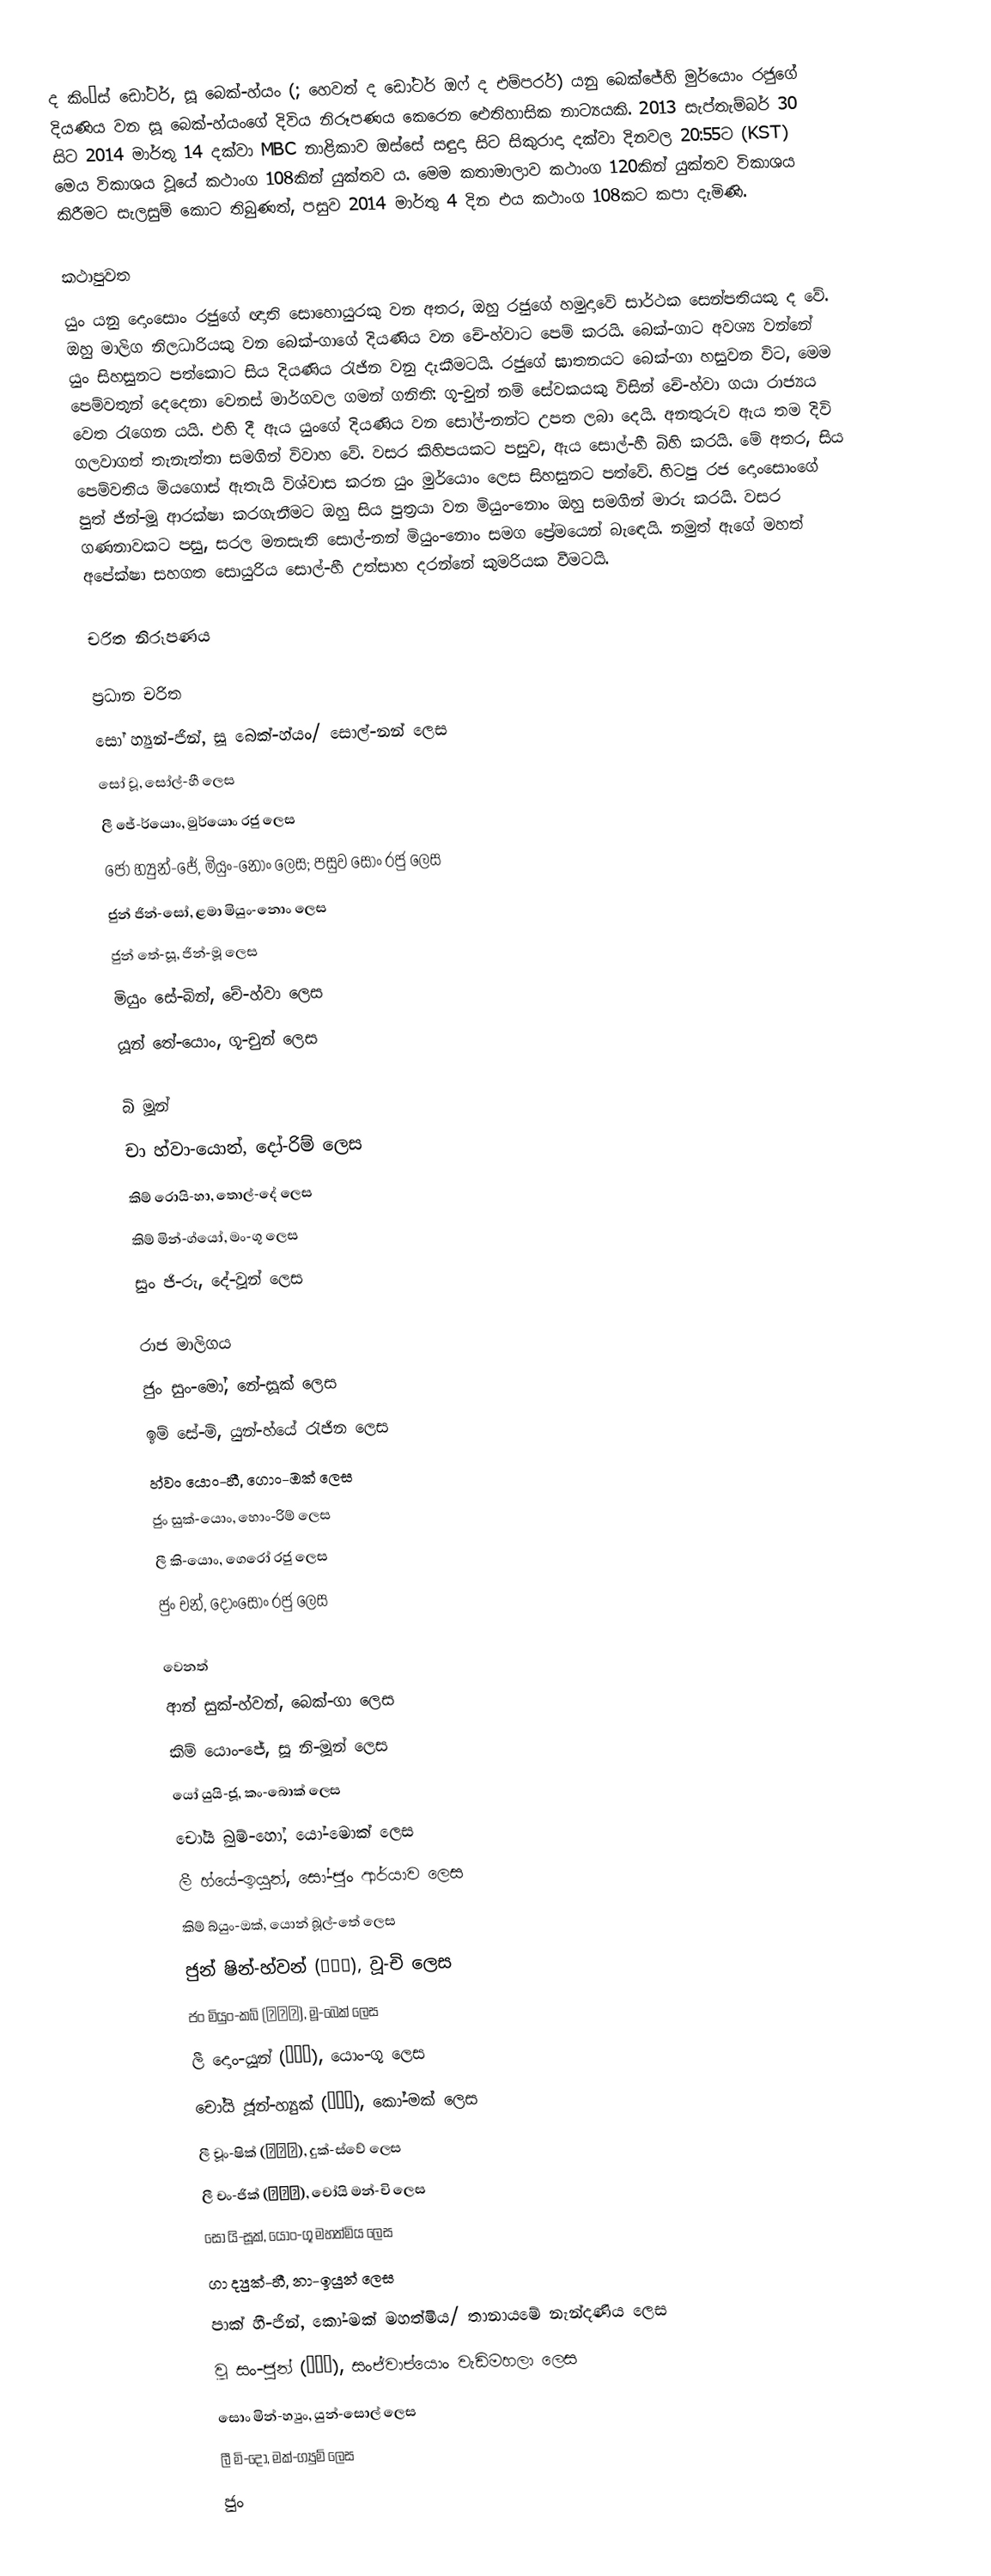
ද කිං’ස් ඩෝටර්, සූ බෙක්-හ්යං (; හෙවත් ද ඩෝටර් ඔෆ් ද එම්පරර්) යනු බෙක්ජේහි මුර්යොං රජුගේ දියණිය වන සූ බෙක්-හ්යංගේ දිවිය නිරූපණය කෙරෙන ඓතිහාසික නාට්‍යයකි. 2013 සැප්තැම්බර් 30 සිට 2014 මාර්තු 14 දක්වා MBC නාළිකාව ඔස්සේ සඳුදා සිට සිකුරාදා දක්වා දිනවල 20:55ට (KST) මෙය විකාශය වූයේ කථාංග 108කින් යුක්තව ය. මෙම කතාමාලාව කථාංග 120කින් යුක්තව විකාශය කිරීමට සැලසුම් කොට තිබුණත්, පසුව 2014 මාර්තු 4 දින එය කථාංග 108කට කපා දැමිණි.

කථාපුවත
යුං යනු දොංසොං රජුගේ ඥාති සොහොයුරකු වන අතර, ඔහු රජුගේ හමුදාවේ සාර්ථක සෙන්පතියකු ද වේ. ඔහු මාලිග නිලධාරියකු වන බෙක්-ගාගේ දියණිය වන චේ-හ්වාට පෙම් කරයි. බෙක්-ගාට අවශ්‍ය වන්නේ යුං සිහසුනට පත්කොට සිය දියණිය රැජින වනු දැකීමටයි. රජුගේ ඝාතනයට බෙක්-ගා හසුවන විට, මෙම පෙම්වතුන් දෙදෙනා වෙනස් මාර්ගවල ගමන් ගනිති: ගූ-චුන් නම් සේවකයකු විසින් චේ-හ්වා ගයා රාජ්‍යය වෙත රැගෙන යයි. එහි දී ඇය යුංගේ දියණිය වන සෝල්-නන්ට උපත ලබා දෙයි. අනතුරුව ඇය තම දිවි ගලවාගත් තැනැත්තා සමගින් විවාහ වේ. වසර කිහිපයකට පසුව, ඇය සොල්-හී බිහි කරයි. මේ අතර, සිය පෙම්වතිය මියගොස් ඇතැයි විශ්වාස කරන යුං මුර්යොං ලෙස සිහසුනට පත්වේ. හිටපු රජ දොංසොංගේ පුත් ජින්-මූ ආරක්ෂා කරගැනීමට ඔහු සිය පුත්‍රයා වන මියුං-නොං ඔහු සමගින් මාරු කරයි. වසර ගණනාවකට පසු, සරල මනසැති සොල්-නන් මියුං-නොං සමග ප්‍රේමයෙන් බැ‍ඳෙයි. නමුත් ඇගේ මහත් අපේක්ෂා සහගත සොයුරිය සොල්-හී උත්සාහ දරන්නේ කුමරියක වීමටයි.

චරිත නිරූපණය

ප්‍රධාන චරිත
සෝ හ්‍යුන්-ජින්, සූ බෙක්-හ්යං/ සොල්-නන් ලෙස
සෝ වූ, සෝල්-හී ලෙස
ලී ජේ-ර්යොං, මුර්යොං රජු ලෙස
ජෝ හ්‍යුන්-ජේ, මියුං-නොං ලෙස; පසුව සොං රජු ලෙස
ජුන් ජින්-සෝ, ළමා මියුං-නොං ලෙස
ජුන් තේ-සූ, ජින්-මූ ලෙස
මියුං සේ-බින්, චේ-හ්වා ලෙස
යූන් තේ-යොං, ගූ-චුන් ලෙස

බි මූන්
චා හ්වා-යොන්, දෝ-රිම් ලෙස
කිම් රොයි-හා, තොල්-දේ ලෙස
කිම් මින්-ග්යෝ, මං-ගූ ලෙස
සුං ජි-රු, දේ-වූන් ලෙස

රාජ මාලිගය
ජුං සුං-මෝ, නේ-සූක් ලෙස
ඉම් සේ-මි, යුන්-හ්යේ රැජින ලෙස
හ්වං යොං-හී, ගොං-ඔක් ලෙස
ජුං සුක්-යොං, හොං-රිම් ලෙස
ලී කි-යොං, ගෙරෝ රජු ලෙස
ජුං චන්, දොංසොං රජු ලෙස

වෙනත්
ආන් සුක්-හ්වන්, බෙක්-ගා ලෙස
කිම් යොං-ජේ, සූ නි-මූන් ලෙස
යෝ යුයි-ජූ, කං-බොක් ලෙස
චෝයි බුම්-හෝ, යෝ-මොක් ලෙස
ලී හ්යේ-ඉයුන්, සෝ-ජුං ආර්යාව ලෙස
කිම් බ්යුං-ඔක්, යොන් බූල්-තේ ලෙස
ජුන් ෂින්-හ්වන් (전신환), වූ-චි ලෙස
ජං මියුං-කබ් (장명갑), මූ-බෙක් ලෙස
ලී දොං-යූන් (이동윤), යොං-ගූ ලෙස
චෝයි ජූන්-හ්‍යුක් (최준혁), කෝ-මක් ලෙස
ලී චූං-ෂික් (이충식), දුක්-ස්වේ ලෙස
ලී චං-ජික් (이창직), චෝයි මන්-චි ලෙස
සෝ යි-සූක්, යොං-ගූ මහත්මිය ලෙස
ගා ද්‍යුක්-හී, නා-ඉයුන් ලෙස
පාක් හී-ජින්, කෝ-මක් මහත්මිය/ තානායමේ නැන්දණිය ලෙස
වූ සං-ජුන් (우상전), සංජ්වාප්යොං වැඩිමහලා ලෙස
සොං මින්-හ්‍යුං, යුන්-සොල් ලෙස
ලී මි-දෝ, මක්-ග්‍යුම් ලෙස
ජුං